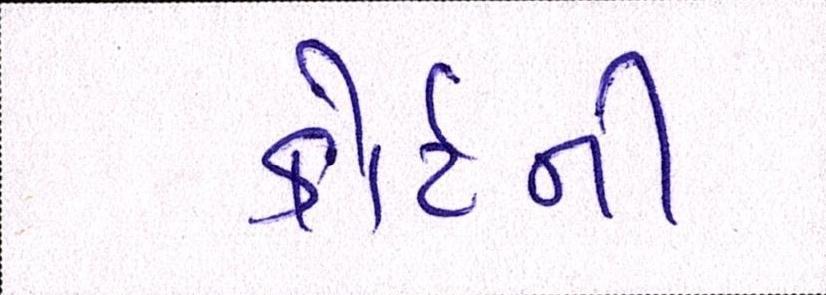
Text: કોર્ટની